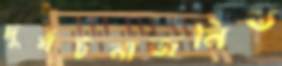
দুর্ঘটনাজনিত